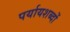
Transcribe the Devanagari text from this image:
पर्यायशब्दों